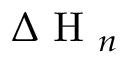
\Delta \mathrm { ~ H ~ } _ { n }